Scottish Leaving Certificate Examination, 1954
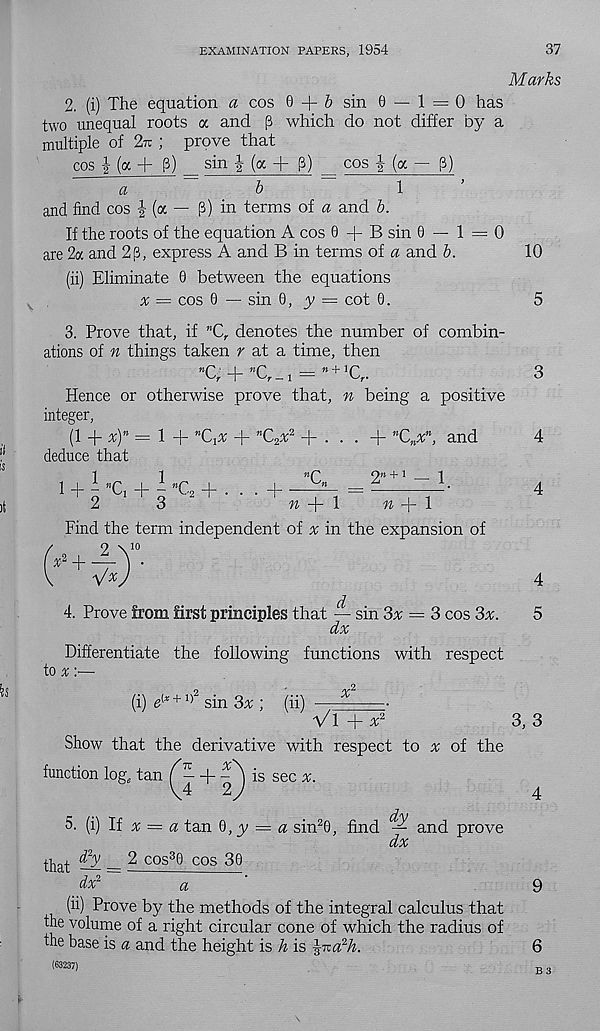
EXAMINATION PAPERS, 1954
37
Marks
2. (i) The equation a cos 0 + Z> sin 0 — 1= 0 has
two unequal roots a and p which do not differ by a
multiple of 2n; ; prove that
cos (oc + P) _ sin j- (a + p) _ cos j (a — p)
a
b
1
’
and find cos |(a — p) in terms of a and b.
If the roots of the equation A cos 0 + B sin 0 — 1=0
are 2a and 2p, express A and B in terms of a and b.
10
(ii) Eliminate 0 between the equations
^ = cos 0 — sin 0, y — cot 0.
5
3. Prove that, if n C r denotes the number of combin-
ations of n things taken r at a time, then
n(~' ' _l_ nr*
m + If'
~r
- 1 —
^r*
Hence or otherwise prove that, n being a positive
integer,
(1 -f x ) n = 1 + "Q* + n C 2 x 2 + . . . + n C n x n , and
deduce that
1 + i "Cj + i «C 2 + . . . + —
2
3
fi “j - 1
% —p 1
Find the term independent of % in the expansion of
9 \ 10
! + w)'
4. Prove from first principles that — sin 3% = 3 cos 3x.
dx
Differentiate the following functions with respect
to x:—
^2
4
4
4
5
(i) d x + 1) sin 3x ; (ii)
x
Vl +x 2
3, 3
Show that the derivative with respect to % of the
function log, tan T j + ^ J i s sec x -
5. (i) If x = a tan
y = a sin 2 0, find — and prove
d/%
that ^ — 2 cos 3 0 cos 30
dx 2
a
(ii) Prove by the methods of the integral calculus that
the volume of a right circular cone of which the radius of
the base is a and the height is h is \v:a 2 h.
(63237)
9
6
B 3